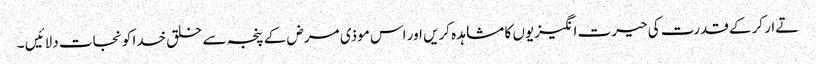
تےار کرکے قدرت کی حیرت انگیزیوں کا مشاہدہ کریں اور اس موذی مرض کے پنجہ سے خلق خدا کو نجات دلائیں ۔